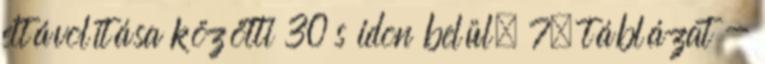
eltávolítása közötti 30 s idõn belül. 7. táblázat -